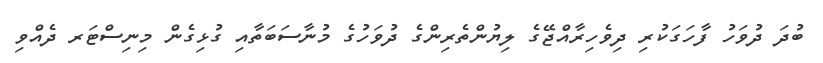
ބުދަ ދުވަހު ފާހަގަކުރި ދިވެހިރާއްޖޭގެ ލިޔުންތެރިންގެ ދުވަހުގެ މުނާސަބަތާއި ގުޅިގެން މިނިސްޓަރ ދެއްވި